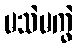
မသဲမကွဲ